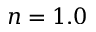
n = 1 . 0